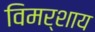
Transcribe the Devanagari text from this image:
विमर्शाय